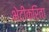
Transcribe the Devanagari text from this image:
भेटीकरिता